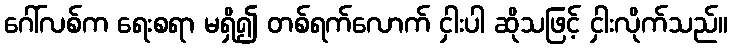
ဂေါ်လစ်က ရေးစရာ မရှိ၍ တစ်ရက်လောက် ငှါးပါ ဆိုသဖြင့် ငှါးလိုက်သည်။